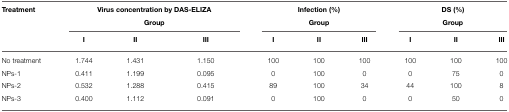
| Treatment | <COLSPAN=3> Virus concentration by DAS-ELIZA Group | <COLSPAN=3> Infection (%) Group | <COLSPAN=3> DS (%) Group |
 |  | I | II | III | I | II | III | I | II | III |
 | --- | --- | --- | --- | --- | --- | --- | --- | --- | --- |
 | No treatment | 1.744 | 1.431 | 1.150 | 100 | 100 | 100 | 100 | 100 | 100 |
 | NPs-1 | 0.411 | 1.199 | 0.095 | 0 | 100 | 0 | 0 | 75 | 0 |
 | NPs-2 | 0.532 | 1.288 | 0.415 | 89 | 100 | 34 | 44 | 100 | 8 |
 | NPs-3 | 0.400 | 1.112 | 0.091 | 0 | 100 | 0 | 0 | 50 | 0 |